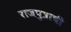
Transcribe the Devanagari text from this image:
राजपुत्राची